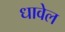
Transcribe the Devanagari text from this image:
धावेल